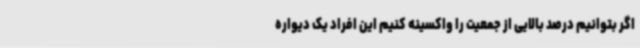
اگر بتوانیم درصد بالایی از جمعیت را واکسینه کنیم این افراد یک دیواره